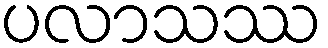
ပလာသဿ